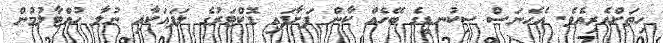
ހިތަށްއެރިއެވެ. އެހެނަސް ސިކުނޑީގެ ބޭހެއް ކާން ފަށާފައި ޑޮކްޓަރުގެ ލަފައަކާއި ނުލާ ހުއްޓާލުމުން